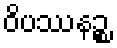
ဝိပဿနဉ္စ